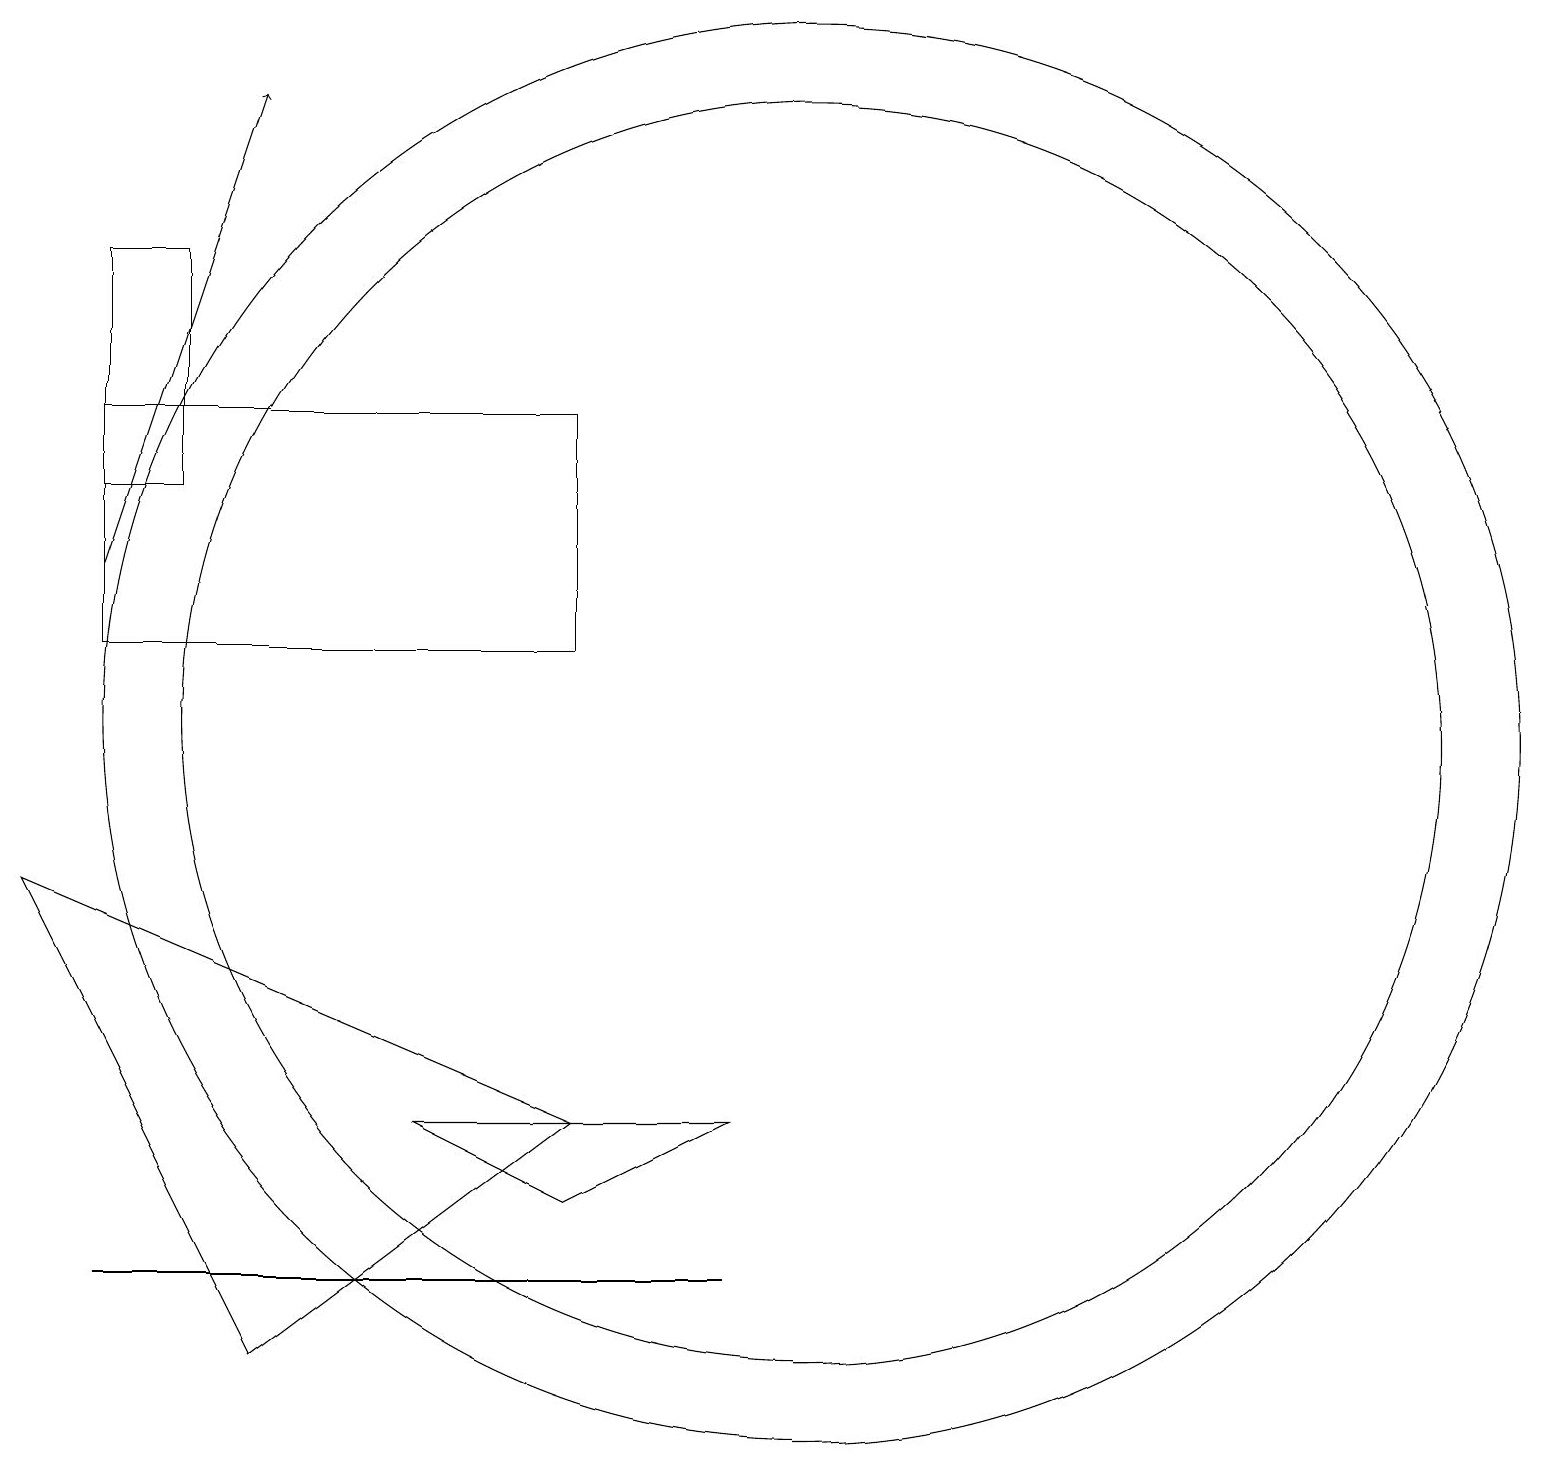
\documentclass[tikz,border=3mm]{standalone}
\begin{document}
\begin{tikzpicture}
\draw (7,5) -- (9,6) -- (5,6) -- cycle;
\draw[->] (1,13) -- (3,19);
\draw (10,11) circle (8);
\draw (10,11) circle (9);
\draw (1,15) rectangle (7,12);
\draw (3,3) -- (0,9) -- (7,6) -- cycle;
\draw (1,4) -- (5,4) -- (9,4) -- cycle;
\draw (1,14) rectangle (2,17);
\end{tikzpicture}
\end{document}